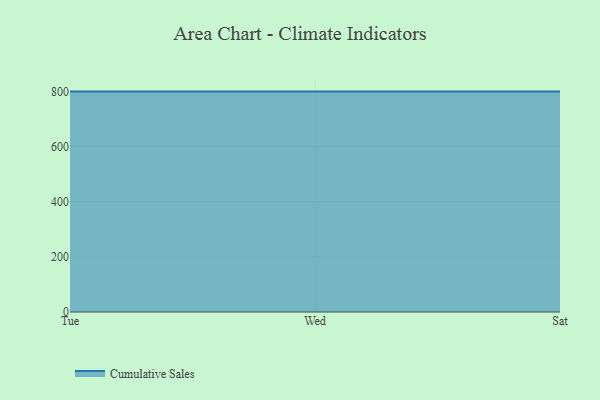
{"axis": {"x": "Day", "y": "Temperature (°C)"}, "legend": ["Cumulative Sales"], "data": [{"x": "Tue", "y": 800, "type": "Cumulative Sales"}, {"x": "Wed", "y": 800, "type": "Cumulative Sales"}, {"x": "Sat", "y": 800, "type": "Cumulative Sales"}]}